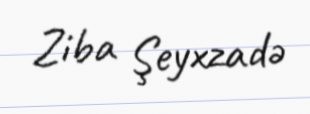
Ziba Şeyxzadə